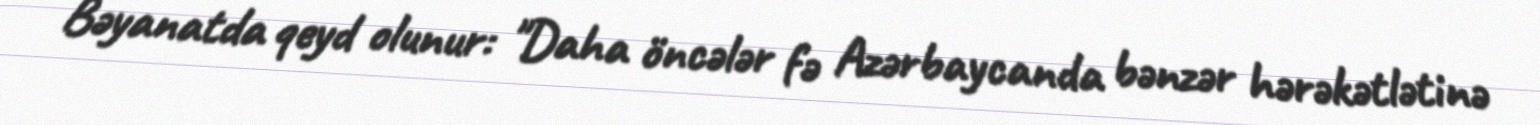
Bəyanatda qeyd olunur: "Daha öncələr fə Azərbaycanda bənzər hərəkətlətinə